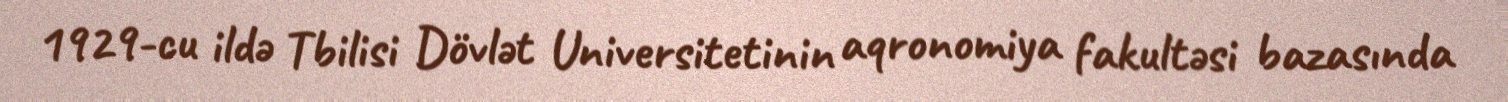
1929-cu ildə Tbilisi Dövlət Universitetinin aqronomiya fakultəsi bazasında